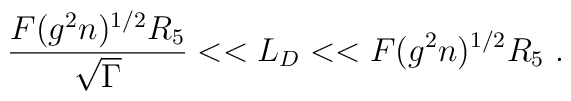
\frac{F (g^2n)^{1/2}R_5}{\sqrt \Gamma}<<L_D<<F (g^2n)^{1/2}R_5\ .